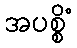
အပစ္စိံ